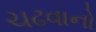
ચઢવાનો